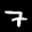
Label: 7